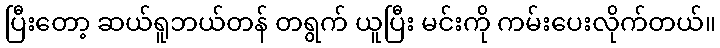
ပြီးတော့ ဆယ်ရူဘယ်တန် တရွက် ယူပြီး မင်းကို ကမ်းပေးလိုက်တယ်။